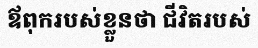
ឪពុករបស់ខ្លួនថា ជីវិតរបស់